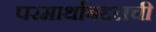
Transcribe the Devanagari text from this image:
परमार्थाबद्दलची